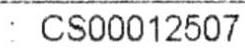
: CS00012507